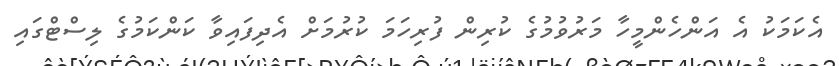
އެކަމަކު އެ އަންހެންމީހާ މަރުވުމުގެ ކުރިން ފުރިހަމަ ކުރުމަށް އެދިފައިވާ ކަންކަމުގެ ލިސްޓްގައި